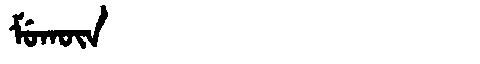
Manchu: ᠮᡠᡴᡡᠨ
Romanization: MUKŪN